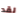
لقد